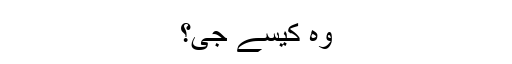
وہ کیسے جی؟